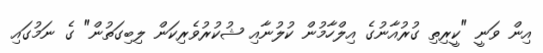
އިން ވަނީ "ކީރިތި ގުރުއާނުގެ އިލްހާމުން ކުލުނާއި ޝުކުރުވެރިކަން ލިބިގަތުން" ގެ ނަމުގައި